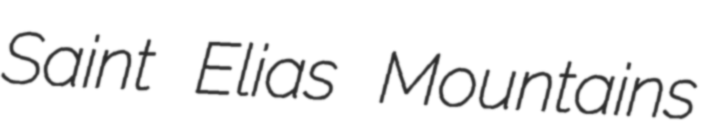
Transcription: Saint Elias Mountains